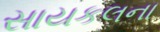
સાયકલના